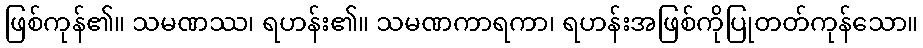
ဖြစ်ကုန်၏။ သမဏဿ၊ ရဟန်း၏။ သမဏကာရကာ၊ ရဟန်းအဖြစ်ကိုပြုတတ်ကုန်သော။